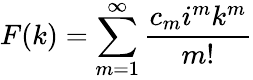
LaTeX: F(k)=\sum_{m=1}^{\infty}\frac{c_{m}i^{m}k^{m}}{m!}